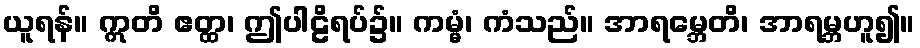
ယူရန်။ ဣတိ ဧတ္ထ၊ ဤပါဠိရပ်၌။ ကမ္မံ၊ ကံသည်။ အာရမ္ဘေတိ၊ အာရမ္ဘဟူ၍။